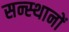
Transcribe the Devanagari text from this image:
सन्स्थानों